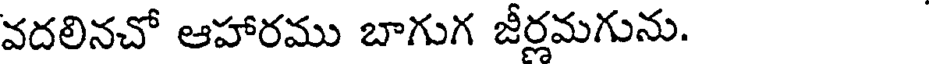
వదలినచో ఆహారము బాగుగ జీర్లమగును.